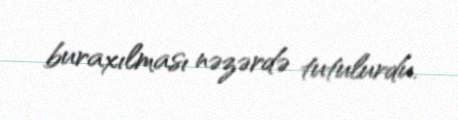
buraxılması nəzərdə tutulurdu.